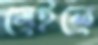
মেইলে